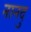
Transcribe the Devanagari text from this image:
नानदु